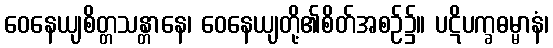
ဝေနေယျစိတ္တသန္တာနေ၊ ဝေနေယျတို့၏စိတ်အစဉ်၌။ ပဋိပက္ခဓမ္မာနံ၊